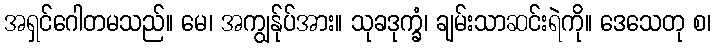
အရှင်ဂေါတမသည်။ မေ၊ အကျွန်ုပ်အား။ သုခဒုက္ခံ၊ ချမ်းသာဆင်းရဲကို။ ဒေသေတု စ၊